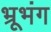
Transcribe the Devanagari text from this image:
भ्रूभंग